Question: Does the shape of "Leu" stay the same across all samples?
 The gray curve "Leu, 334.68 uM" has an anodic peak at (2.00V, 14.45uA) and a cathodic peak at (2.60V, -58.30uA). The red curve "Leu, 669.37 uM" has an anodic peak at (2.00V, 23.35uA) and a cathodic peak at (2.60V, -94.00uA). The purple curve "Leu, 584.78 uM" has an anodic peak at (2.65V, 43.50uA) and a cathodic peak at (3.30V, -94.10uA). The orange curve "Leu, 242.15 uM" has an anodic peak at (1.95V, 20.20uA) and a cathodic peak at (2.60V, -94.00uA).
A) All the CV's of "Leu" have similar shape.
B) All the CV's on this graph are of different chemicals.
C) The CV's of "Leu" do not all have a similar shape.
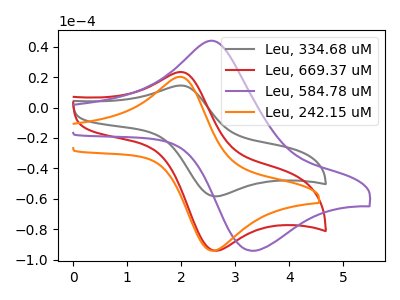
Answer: <think>All the peaks in "Leu, 334.68 uM" have a peak in "Leu, 669.37 uM" at the same potential. Every peak in "Leu, 334.68 uM" is lower than every peak in "Leu, 669.37 uM". "Leu, 334.68 uM" and "Leu, 584.78 uM" have at least one peak that do not match. All the peaks in "Leu, 334.68 uM" have a peak in "Leu, 242.15 uM" at the same potential. Every peak in "Leu, 334.68 uM" is lower than every peak in "Leu, 242.15 uM". "Leu, 669.37 uM" and "Leu, 584.78 uM" have at least one peak that do not match. All the peaks in "Leu, 669.37 uM" have a peak in "Leu, 242.15 uM" at the same potential. Every peak in "Leu, 669.37 uM" is higher than every peak in "Leu, 242.15 uM". "Leu, 584.78 uM" and "Leu, 242.15 uM" have at least one peak that do not match.
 </think>
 <answer>A) All the CV's of "Leu" have similar shape.</answer>
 <eval>A</eval>